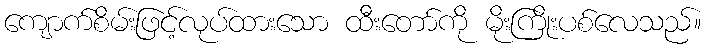
ကျောက်စိမ်းဖြင့်လုပ်ထားသော ထီးတော်ကို မိုးကြိုးပစ်လေသည်။